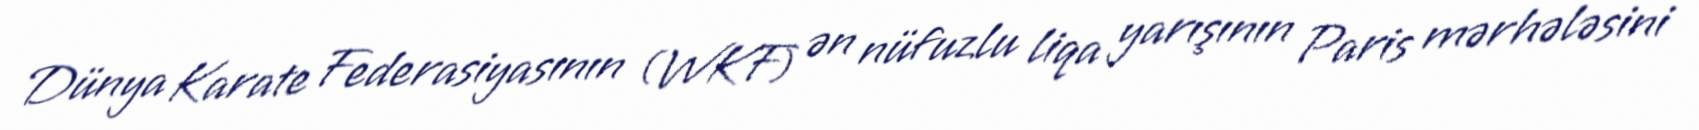
Dünya Karate Federasiyasının (WKF) ən nüfuzlu liqa yarışının Paris mərhələsini